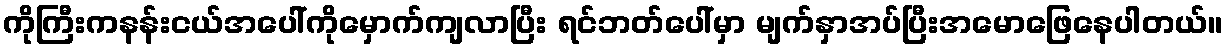
ကိုကြီးကနန်းငယ်အပေါ်ကိုမှောက်ကျလာပြီး ရင်ဘတ်ပေါ်မှာ မျက်နှာအပ်ပြီးအမောဖြေနေပါတယ်။